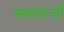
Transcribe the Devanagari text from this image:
समांतरची